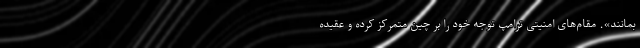
بمانند». مقام‌های امنیتی ترامپ توجه خود را بر چین متمرکز کرده و عقیده